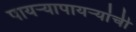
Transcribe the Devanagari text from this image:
पायऱ्यापायऱ्यांची